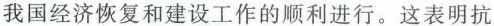
我国经济恢复和建设工作的顺利进行。这表明抗